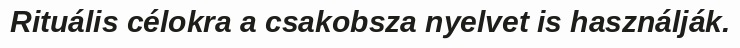
Rituális célokra a csakobsza nyelvet is használják.